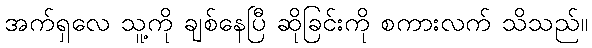
အက်ရှလေ သူ့ကို ချစ်နေပြီ ဆိုခြင်းကို စကားလက် သိသည်။